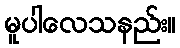
မူပါလေသနည်း။